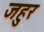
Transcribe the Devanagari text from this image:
जहुर